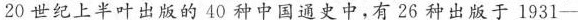
20世纪上半叶出版的40种中国通史中，有26种出版于1931-